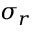
\sigma _ { r }